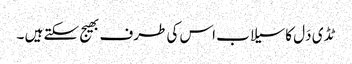
ٹڈ ی دَل کاسیلاب اس کی طرف بھیج سکتے ہیں ۔